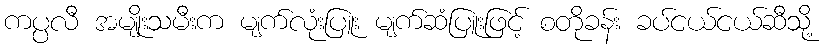
ကပ္ပလီ အမျိုးသမီးက မျက်လုံးပြူး မျက်ဆံပြူးဖြင့် စတိုခန်း ခပ်ငယ်ငယ်ဆီသို့